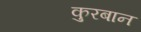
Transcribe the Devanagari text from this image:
कुरबान